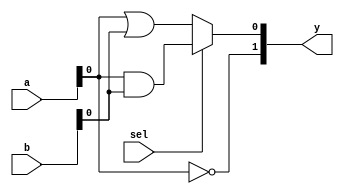
module combinational_logic_block #(
    parameter INPUT_WIDTH = 4,  // Width of input vector
    parameter OUTPUT_WIDTH = 2   // Width of output vector
)(
    input  wire [INPUT_WIDTH-1:0]  a,  // Input vector
    input  wire [INPUT_WIDTH-1:0]  b,  // Input vector
    input  wire                     sel, // Select signal for operation
    output wire [OUTPUT_WIDTH-1:0] y   // Output vector
);

// Internal signals
wire [INPUT_WIDTH-1:0] and_result;
wire [INPUT_WIDTH-1:0] or_result;
wire [INPUT_WIDTH-1:0] not_a;
wire [INPUT_WIDTH-1:0] not_b;

// Logic operations
assign and_result = a & b;          // AND operation
assign or_result  = a | b;          // OR operation
assign not_a      = ~a;             // NOT operation on a
assign not_b      = ~b;             // NOT operation on b

// Output logic based on select signal
// Here we define a simple multiplexer behavior for output selection
generate
    if (OUTPUT_WIDTH == 2) begin
        assign y[0] = (sel) ? and_result[0] : or_result[0]; // Select between AND and OR
        assign y[1] = not_a[0];                             // Always output NOT of a
    end else begin
        assign y = and_result[OUTPUT_WIDTH-1:0]; // Default to AND result for wider output
    end
endgenerate

endmodule